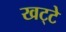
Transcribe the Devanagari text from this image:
खट्‌टे